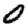
Digit: 0